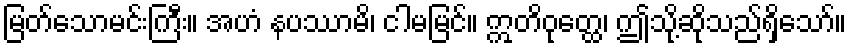
မြတ်သောမင်းကြီး။ အဟံ နပဿာမိ၊ ငါမမြင်။ ဣတိဝုတ္ထေ၊ ဤသို့ဆိုသည်ရှိသော်။